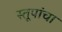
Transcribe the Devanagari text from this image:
स्तूपांचा